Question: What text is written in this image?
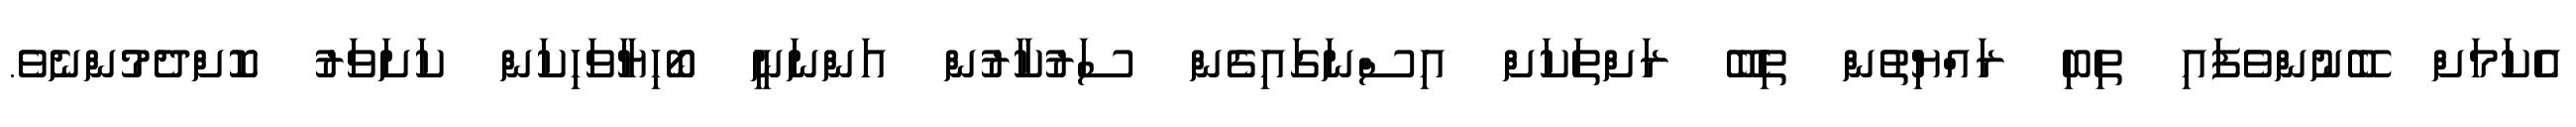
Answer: އެކަމަށް ބޭނުންވެފައި ތިބި ރައްޔިތުން ތިބޭ ރަށްތަކަށް އިސްނަގައިގެން ސަރުކާރުން އަންނަނީ ބޯހިޔާވަހިކަން ކަށަވަރު ކޮށްދެމުންނެވެ.